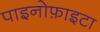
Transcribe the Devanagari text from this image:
पाइनोफ़ाइटा